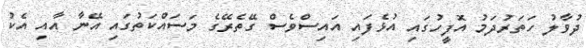
ދުވާލު ހަތަރުދަމު އޮފީހުގައި އުޅެފައި އައިސްވެސް ގޭތެރޭގެ މަސައްކަތުގައި އޭނާ އާއި އެކު